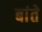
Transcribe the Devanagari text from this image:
बांते